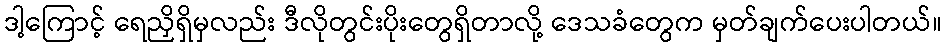
ဒါ့ကြောင့် ရေညှိရှိမှလည်း ဒီလိုတွင်းပိုးတွေရှိတာလို့ ဒေသခံတွေက မှတ်ချက်ပေးပါတယ်။